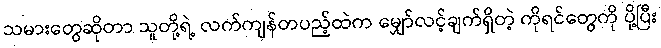
သမားတွေဆိုတာ သူတို့ရဲ့ လက်ကျန်တပည့်ထဲက မျှော်လင့်ချက်ရှိတဲ့ ကိုရင်တွေကို ပို့ပြီး